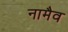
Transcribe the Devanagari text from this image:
नामैव